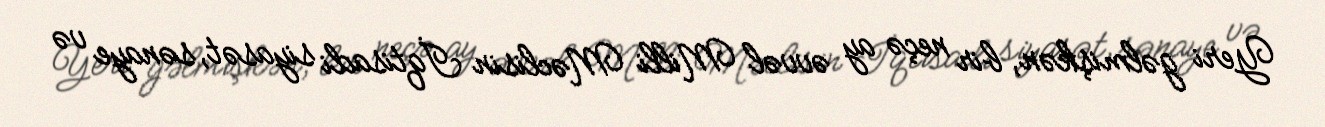
Yeri gəlmişkən, bir neçə ay əvvəl Milli Məclisin İqtisadi siyasət, sənaye və